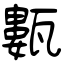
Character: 甊